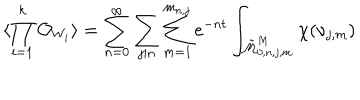
\langle \prod _ { i = 1 } ^ { k } { \cal O } _ { W _ { i } } \rangle = \sum _ { n = 0 } ^ { \infty } \sum _ { j | n } \sum _ { m = 1 } ^ { m _ { n , j } } e ^ { - n t } \int _ { \tilde { \cal M } _ { 0 , n , j , m } ^ { M } } \chi ( \nu _ { j , m } )